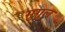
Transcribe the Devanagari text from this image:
गुगुल